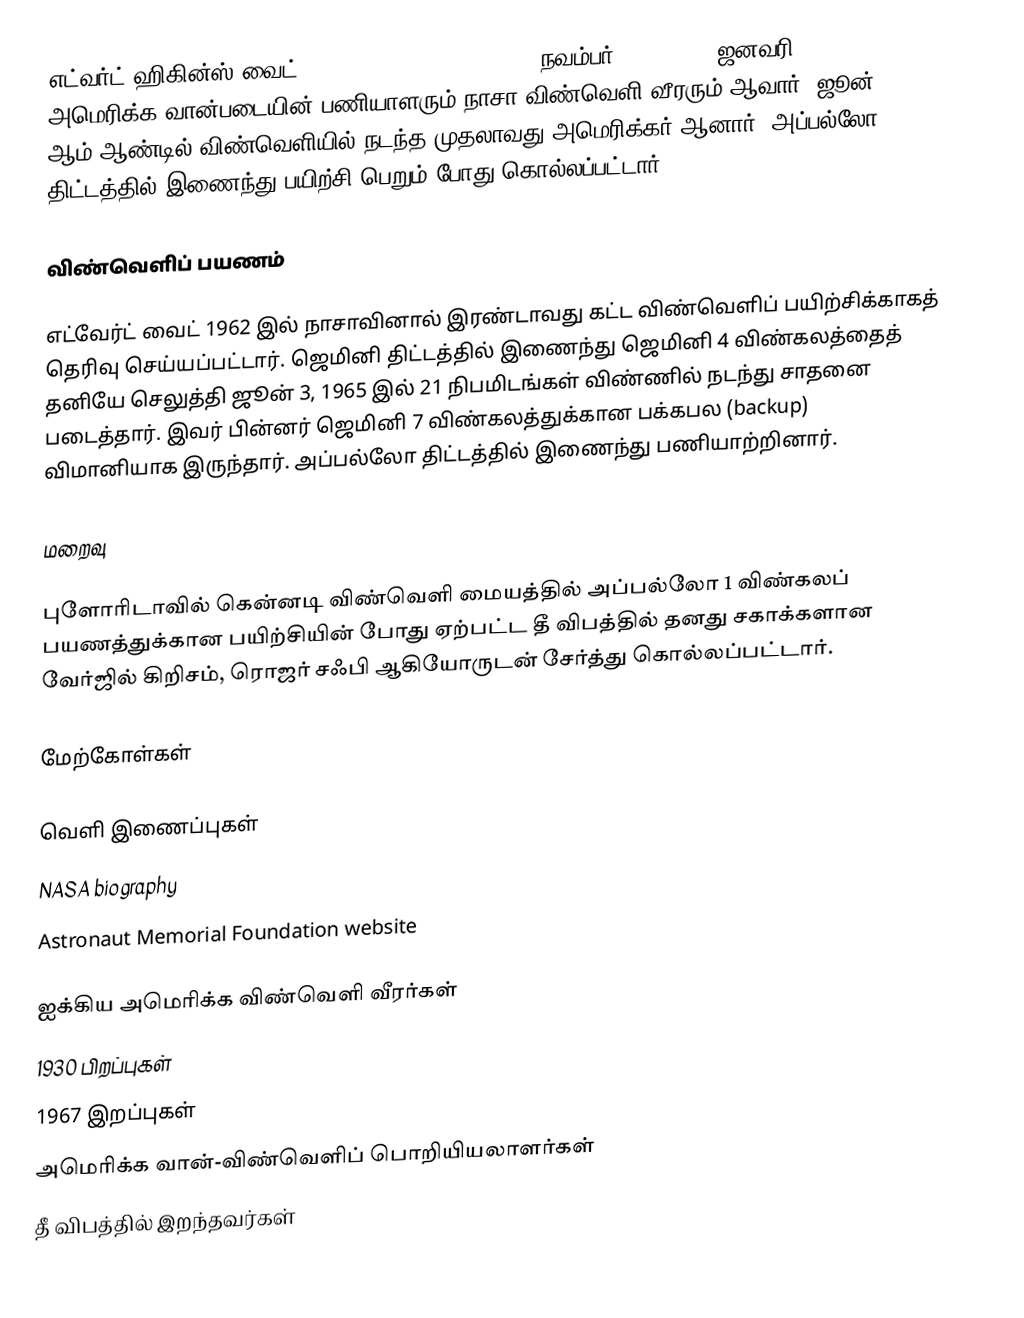
எட்வர்ட் ஹிகின்ஸ் வைட் (Edward Higgins White, II; நவம்பர் 14, 1930 – ஜனவரி 27, 1967) அமெரிக்க வான்படையின் பணியாளரும் நாசா விண்வெளி வீரரும் ஆவார். ஜூன் 3 1965 ஆம் ஆண்டில் விண்வெளியில் நடந்த முதலாவது அமெரிக்கர் ஆனார். அப்பல்லோ 1 திட்டத்தில் இணைந்து பயிற்சி பெறும் போது கொல்லப்பட்டார்.

விண்வெளிப் பயணம்

எட்வேர்ட் வைட் 1962 இல் நாசாவினால் இரண்டாவது கட்ட விண்வெளிப் பயிற்சிக்காகத் தெரிவு செய்யப்பட்டார். ஜெமினி திட்டத்தில் இணைந்து ஜெமினி 4 விண்கலத்தைத் தனியே செலுத்தி ஜூன் 3, 1965 இல் 21 நிபமிடங்கள் விண்ணில் நடந்து சாதனை படைத்தார். இவர் பின்னர் ஜெமினி 7 விண்கலத்துக்கான பக்கபல (backup) விமானியாக இருந்தார். அப்பல்லோ திட்டத்தில் இணைந்து பணியாற்றினார்.

மறைவு

புளோரிடாவில் கென்னடி விண்வெளி மையத்தில் அப்பல்லோ 1 விண்கலப் பயணத்துக்கான பயிற்சியின் போது ஏற்பட்ட தீ விபத்தில் தனது சகாக்களான வேர்ஜில் கிறிசம், ரொஜர் சஃபி ஆகியோருடன் சேர்த்து கொல்லப்பட்டார்.

மேற்கோள்கள்

வெளி இணைப்புகள்
NASA biography
Astronaut Memorial Foundation website

ஐக்கிய அமெரிக்க விண்வெளி வீரர்கள்
1930 பிறப்புகள்
1967 இறப்புகள்
அமெரிக்க வான்-விண்வெளிப் பொறியியலாளர்கள்
தீ விபத்தில் இறந்தவர்கள்